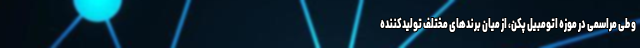
و طی مراسمی در موزه اتومبیل پکن، از میان برندهای مختلف تولیدکننده